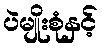
ပဲမျိုးစုံနှင့်